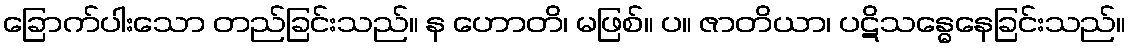
ခြောက်ပါးသော တည်ခြင်းသည်။ န ဟောတိ၊ မဖြစ်။ ပ။ ဇာတိယာ၊ ပဋိသန္ဓေနေခြင်းသည်။